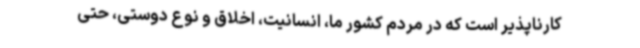
کارناپذیر است که در مردم کشور ما، انسانیت، اخلاق و نوع دوستی، حتی